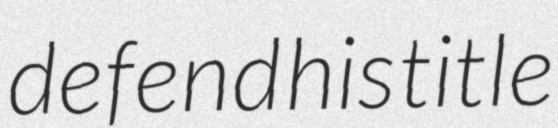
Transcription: defend his title